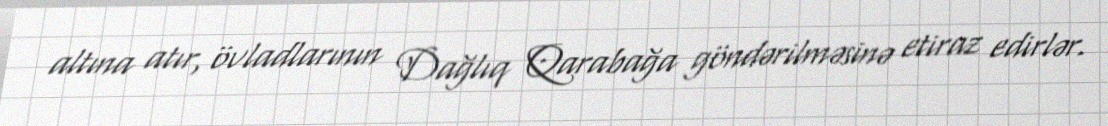
altına atır, övladlarının Dağlıq Qarabağa göndərilməsinə etiraz edirlər.